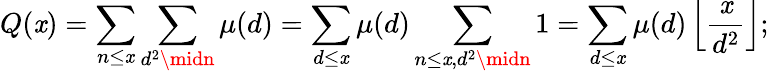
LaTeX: Q(\mathit{x})=\sum_{n\leq\mathit{x}}\sum_{d^{2}\midn}\mu(d)=\sum_{d\leq\mathit{x}}\mu(d)\sum_{n\leq\mathit{x},d^{2}\midn}1=\sum_{d\leq\mathit{x}}\mu(d)\left\lfloor{\frac{{\mathit{x}}}{{d^{2}}}}\right\rfloor;